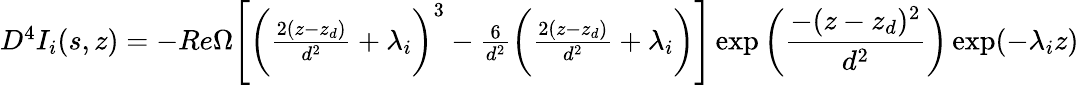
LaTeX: \begin{array}{r}{D^{4}I_{i}(s,z)=-Re\Omega\Bigg[\bigg(\frac{2(z-z_{d})}{d^{2}}+\lambda_{i}\bigg)^{3}-\frac{6}{d^{2}}\bigg(\frac{2(z-z_{d})}{d^{2}}+\lambda_{i}\bigg)\Bigg]\exp\bigg(\displaystyle\frac{-(z-z_{d})^{2}}{d^{2}}\bigg)\exp(-\lambda_{i}z)}\end{array}